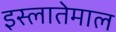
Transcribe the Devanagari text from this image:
इस्लातेमाल